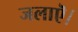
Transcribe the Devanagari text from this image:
जलाऎ।